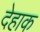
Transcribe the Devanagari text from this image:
देहाक